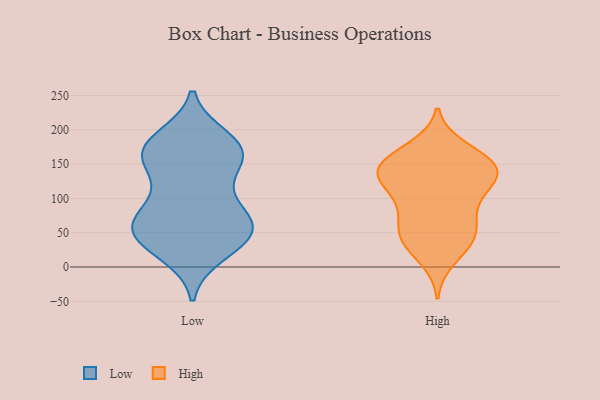
{"axis": {"x": "Budget (USD K)", "y": "Value"}, "legend": ["High", "Low"], "data": [{"x": "", "y": 75, "type": "Low"}, {"x": "", "y": 21, "type": "Low"}, {"x": "", "y": 162, "type": "Low"}, {"x": "", "y": 175, "type": "Low"}, {"x": "", "y": 186, "type": "Low"}, {"x": "", "y": 121, "type": "Low"}, {"x": "", "y": 63, "type": "Low"}, {"x": "", "y": 53, "type": "Low"}, {"x": "", "y": 171, "type": "Low"}, {"x": "", "y": 30, "type": "Low"}, {"x": "", "y": 66, "type": "Low"}, {"x": "", "y": 56, "type": "Low"}, {"x": "", "y": 95, "type": "Low"}, {"x": "", "y": 47, "type": "Low"}, {"x": "", "y": 157, "type": "Low"}, {"x": "", "y": 163, "type": "Low"}, {"x": "", "y": 47, "type": "Low"}, {"x": "", "y": 171, "type": "Low"}, {"x": "", "y": 37, "type": "High"}, {"x": "", "y": 143, "type": "High"}, {"x": "", "y": 136, "type": "High"}, {"x": "", "y": 37, "type": "High"}, {"x": "", "y": 45, "type": "High"}, {"x": "", "y": 91, "type": "High"}, {"x": "", "y": 12, "type": "High"}, {"x": "", "y": 173, "type": "High"}, {"x": "", "y": 63, "type": "High"}, {"x": "", "y": 129, "type": "High"}, {"x": "", "y": 133, "type": "High"}, {"x": "", "y": 75, "type": "High"}, {"x": "", "y": 149, "type": "High"}, {"x": "", "y": 117, "type": "High"}, {"x": "", "y": 97, "type": "High"}, {"x": "", "y": 166, "type": "High"}, {"x": "", "y": 156, "type": "High"}, {"x": "", "y": 144, "type": "High"}, {"x": "", "y": 46, "type": "High"}, {"x": "", "y": 133, "type": "High"}]}